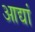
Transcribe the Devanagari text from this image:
आद्यां